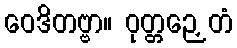
ဝေဒိတဗ္ဗာ။ ဝုတ္တဉှေတံ